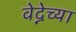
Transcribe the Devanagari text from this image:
वेद्नेच्या